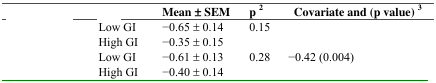
<table><thead><tr><td>[EMPTY_CELL]</td><td>[EMPTY_CELL]</td><td><b>Mean ± SEM</b></td><td><b>p <sup>2</sup></b></td><td><b>Covariate and (p value) <sup>3</sup></b></td></tr></thead><tbody><tr><td>[EMPTY_CELL]</td><td>Low GI</td><td>−0.65 ± 0.14</td><td>0.15</td><td>[EMPTY_CELL]</td></tr><tr><td>[EMPTY_CELL]</td><td>High GI</td><td>−0.35 ± 0.15</td><td>[EMPTY_CELL]</td><td>[EMPTY_CELL]</td></tr><tr><td>[EMPTY_CELL]</td><td>Low GI</td><td>−0.61 ± 0.13</td><td>0.28</td><td>−0.42 (0.004)</td></tr><tr><td>[EMPTY_CELL]</td><td>High GI</td><td>−0.40 ± 0.14</td><td>[EMPTY_CELL]</td><td>[EMPTY_CELL]</td></tr></tbody></table>